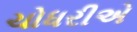
ચોધરીએ